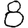
Digit: 8